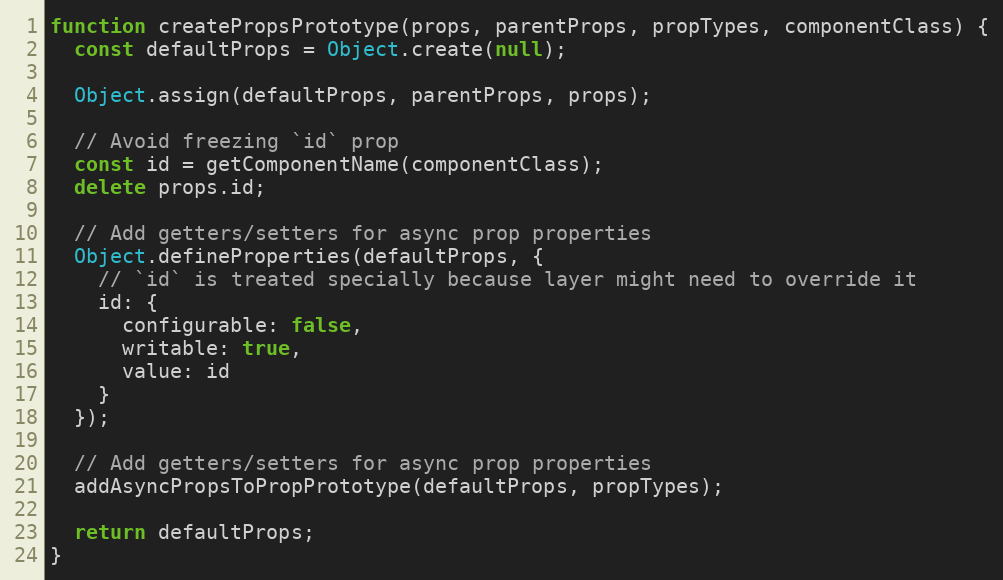
Language: JavaScript
function createPropsPrototype(props, parentProps, propTypes, componentClass) {
  const defaultProps = Object.create(null);

  Object.assign(defaultProps, parentProps, props);

  // Avoid freezing `id` prop
  const id = getComponentName(componentClass);
  delete props.id;

  // Add getters/setters for async prop properties
  Object.defineProperties(defaultProps, {
    // `id` is treated specially because layer might need to override it
    id: {
      configurable: false,
      writable: true,
      value: id
    }
  });

  // Add getters/setters for async prop properties
  addAsyncPropsToPropPrototype(defaultProps, propTypes);

  return defaultProps;
}